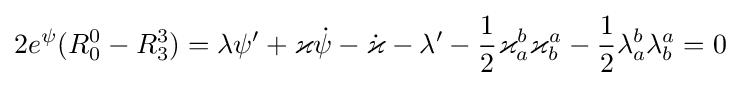
2e^{\psi }(R_{0}^{0}-R_{3}^{3})=\lambda \psi ^{\prime }+\varkappa {\dot {\psi }}-{\dot {\varkappa }}-\lambda ^{\prime }-{\frac {1}{2}}\varkappa _{a}^{b}\varkappa _{b}^{a}-{\frac {1}{2}}\lambda _{a}^{b}\lambda _{b}^{a}=0